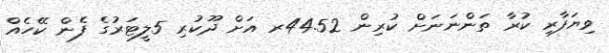
ވިޔަފާރި ކުރާ ތަންނަނަށް ކުރިން 44.52ރ އަށް ދޫކުރި 5ލީޓަރުގެ ފެން ކޭހެއް